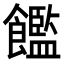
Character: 𫗝